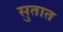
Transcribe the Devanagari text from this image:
सुतात